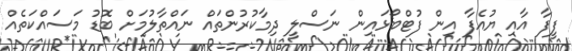
ފީފާ އާއި ޔުއެފާ އިން ފުޓްބޯޅައިން ނަސްލީ ދިމާކުރުންތައް ނައްތާލުމަށް ބޮޑު މަސައްކަތެއް